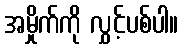
အမှိုက်ကို လွှင့်ပစ်ပါ။